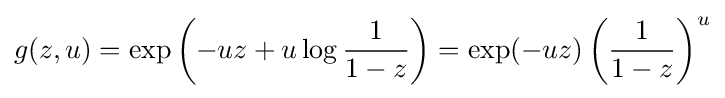
g(z,u)=\exp \left(-uz+u\log {\frac {1}{1-z}}\right)=\exp(-uz)\left({\frac {1}{1-z}}\right)^{u}